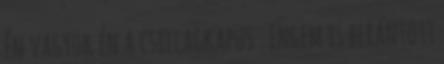
én vagyok én a csillagkapus . Engem is berántott